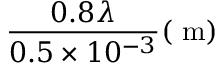
\frac { 0 . 8 \lambda } { 0 . 5 \times 1 0 ^ { - 3 } } ( \mathrm { ~ m } )